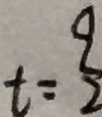
t = \frac { 9 } { 2 }